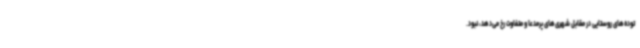
توده‌های روستایی در مقابل شهری‌های پرمدعا و متفاوت رخ می‌دهد، نبود.